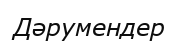
Дәрумендер